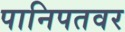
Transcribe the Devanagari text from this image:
पानिपतवर